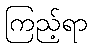
ကြည့်ရာ